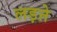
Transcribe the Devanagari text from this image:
लड़ऩे